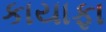
કાયાફા